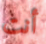
أنت